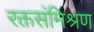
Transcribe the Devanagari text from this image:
रक्तसंमिश्रण